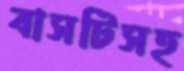
বাসটিসহ